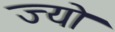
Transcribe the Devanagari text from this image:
ज्‍यो